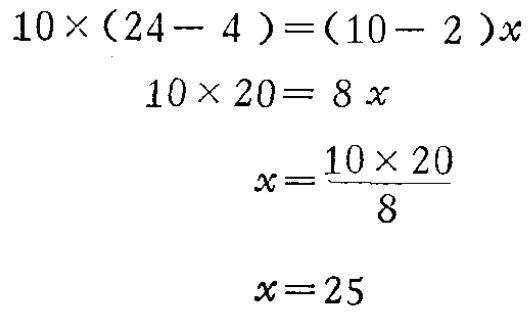
\[

\begin{align*}

10\times(24 - 4)&=(10 - 2)x\\

10\times20&= 8x\\

x&=\frac{10\times20}{8}\\

x&=25

\end{align*}

\]